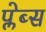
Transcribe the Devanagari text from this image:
प्लेब्स